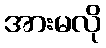
အားမလို